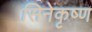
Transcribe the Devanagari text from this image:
सिनेकृष्ण